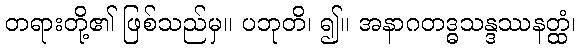
တရားတို့၏ ဖြစ်သည်မှ။ ပဘုတိ၊ ၍။ အနာဂတဒ္ဓသန္ဒဿနတ္ထံ၊